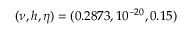
( \nu , h , \eta ) = ( 0 . 2 8 7 3 , 1 0 ^ { - 2 0 } , 0 . 1 5 )